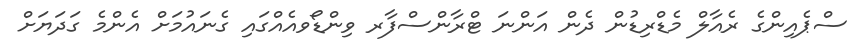
ސްޕެއިންގެ ރެއާލް މެޑްރިޑުން ދެން އަންނަ ޓްރާންސްފާރ ވިންޑޯވއެއްގައި ގެނައުމަށް އެންމެ ގަދަޔަށް